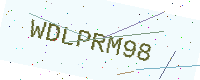
Text: WDLPRM98